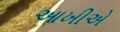
આખીએ